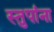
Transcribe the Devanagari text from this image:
स्तुपांना